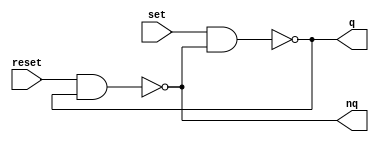
module m_rs_flipflop(input set, input reset, output q, output nq);

    assign q = ~(set & nq);
    assign nq = ~(reset & q);

endmodule

module m_flipflop (input clk, output q);

    reg ff;

    always @(posedge clk) begin
        ff = ~ff;
    end
    assign q = ff;
    
endmodule